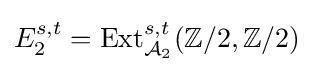
E_{2}^{s,t}={\text{Ext}}_{{\mathcal {A}}_{2}}^{s,t}(\mathbb {Z} /2,\mathbb {Z} /2)